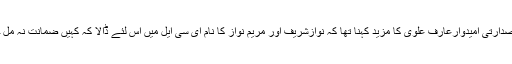
نامزد صدارتی امیدوارعارف علوی کا مزید کہنا تھا کہ نوازشریف اور مریم نواز کا نام ای سی ایل میں اس لئے ڈالا کہ کہیں ضمانت نہ مل جائے ۔